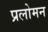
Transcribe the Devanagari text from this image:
प्रलोमन